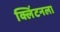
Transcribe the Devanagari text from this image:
क्लिंटनला